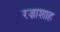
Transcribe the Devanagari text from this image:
रज़ाशाह